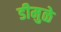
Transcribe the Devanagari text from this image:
डीमुळे